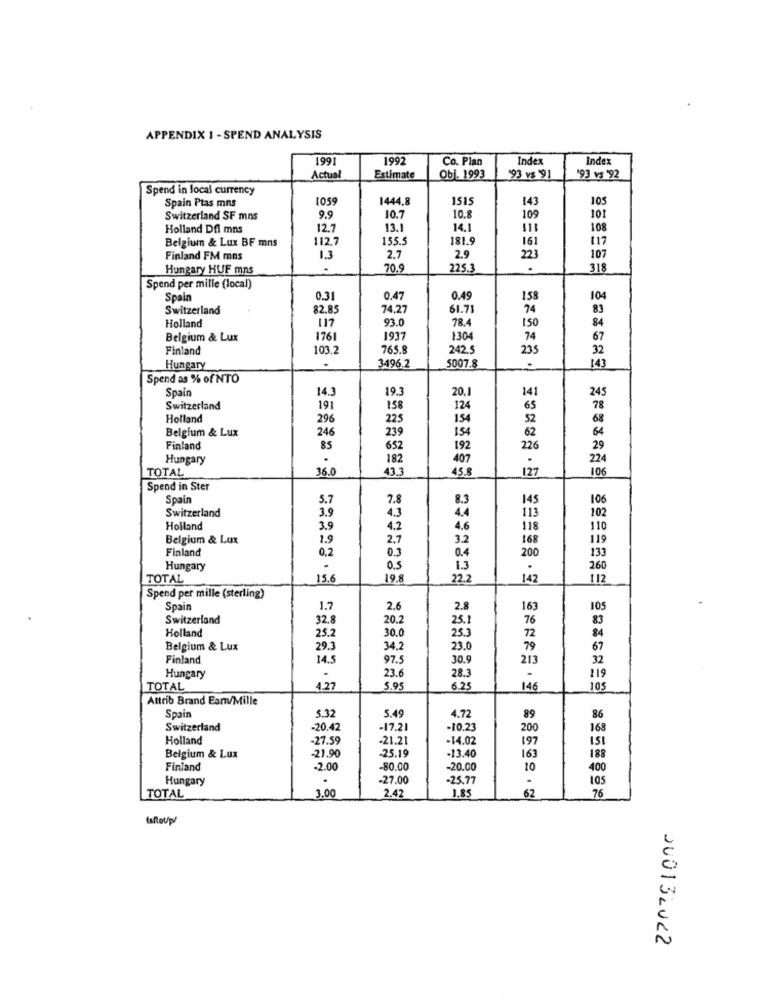
APPENDIX 1 - SPEND ANALYSIS
1991
1992
Co. Plan
Index
Index
Actual
Estimate
Obj. 1993
"93 vs '91
'93 vs '92
Spend in local currency
Spain Ptas mns
105
1444.8
151
143
105
Switzerland SF mns
9.9
10.7
10.8
109
101
Holland Dfl mns
12.7
13.1
14.1
108
Belgium & Lux BF mns
112.7
155.5
181.9
161
117
Finland FM mns
1.3
2.7
2.9
223
107
Hungary HUF mns
70.9
225.3
.
318
Spend per mille (local)
Spain
0.31
0.4
0.49
158
104
Switzerland
82.85
74,27
61.7
74
83
Holland
117
93.0
78.4
150
84
Belgium & Lux
1761
1937
1304
74
67
Finland
103.2
765.8
242.5
235
32
3496,2
Hungary
5007.8
143
Spend as % of NTO
Spain
14.3
193
20,1
141
245
Switzerland
191
158
124
65
78
Holland
296
225
154
52
68
Belgium & Lux
246
239
154
62
64
Finland
85
652
192
226
29
Hungary
.
182
407
224
TOTAL
36.0
43.3
45.8
127
106
Spend in Ster
Spain
5.7
7.8
8.3
145
106
3.9
Switzerland
4.3
4.4
113
102
Holland
3.9
4.2
4.6
118
110
Belgium & Lux
1.9
2.7
3.2
168
119
Finland
0,2
0.3
133
0.4
200
Hungary
0.5
.
260
TOTAL
15.6
19.8
22.2
142
112
Spend per mille (sterling)
Spain
1.7
2.6
2.8
163
105
Switzerland
32.8
20.2
25.1
76
83
Holland
30.0
25.3
25.2
72
84
Belgium & Lux
29.3
34.2
23.0
79
67
Finland
14.5
97.5
30.9
213
32
Hungary
23.6
28.3
-
119
TOTAL
4.27
5.95
6.25
146
105
Attrib Brand Eam/Mille
Spain
5.32
5.49
4.72
89
86
Switzerland
-20.42
-17.21
-10.23
200
168
Holland
-27.59
-21.21
-14.02
197
151
Belgium & Lux
-21.90
-25.19
-13.40
163
188
Finland
-2.00
-80.00
-20.00
10
400
Hungary
.
-27.00
-25.77
105
TOTAL
3.00
2.42
1.85
62
76
Isto/p/